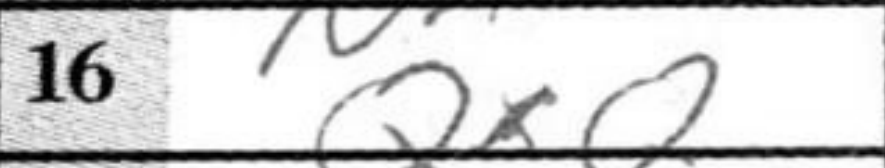
Transcription: QxQ